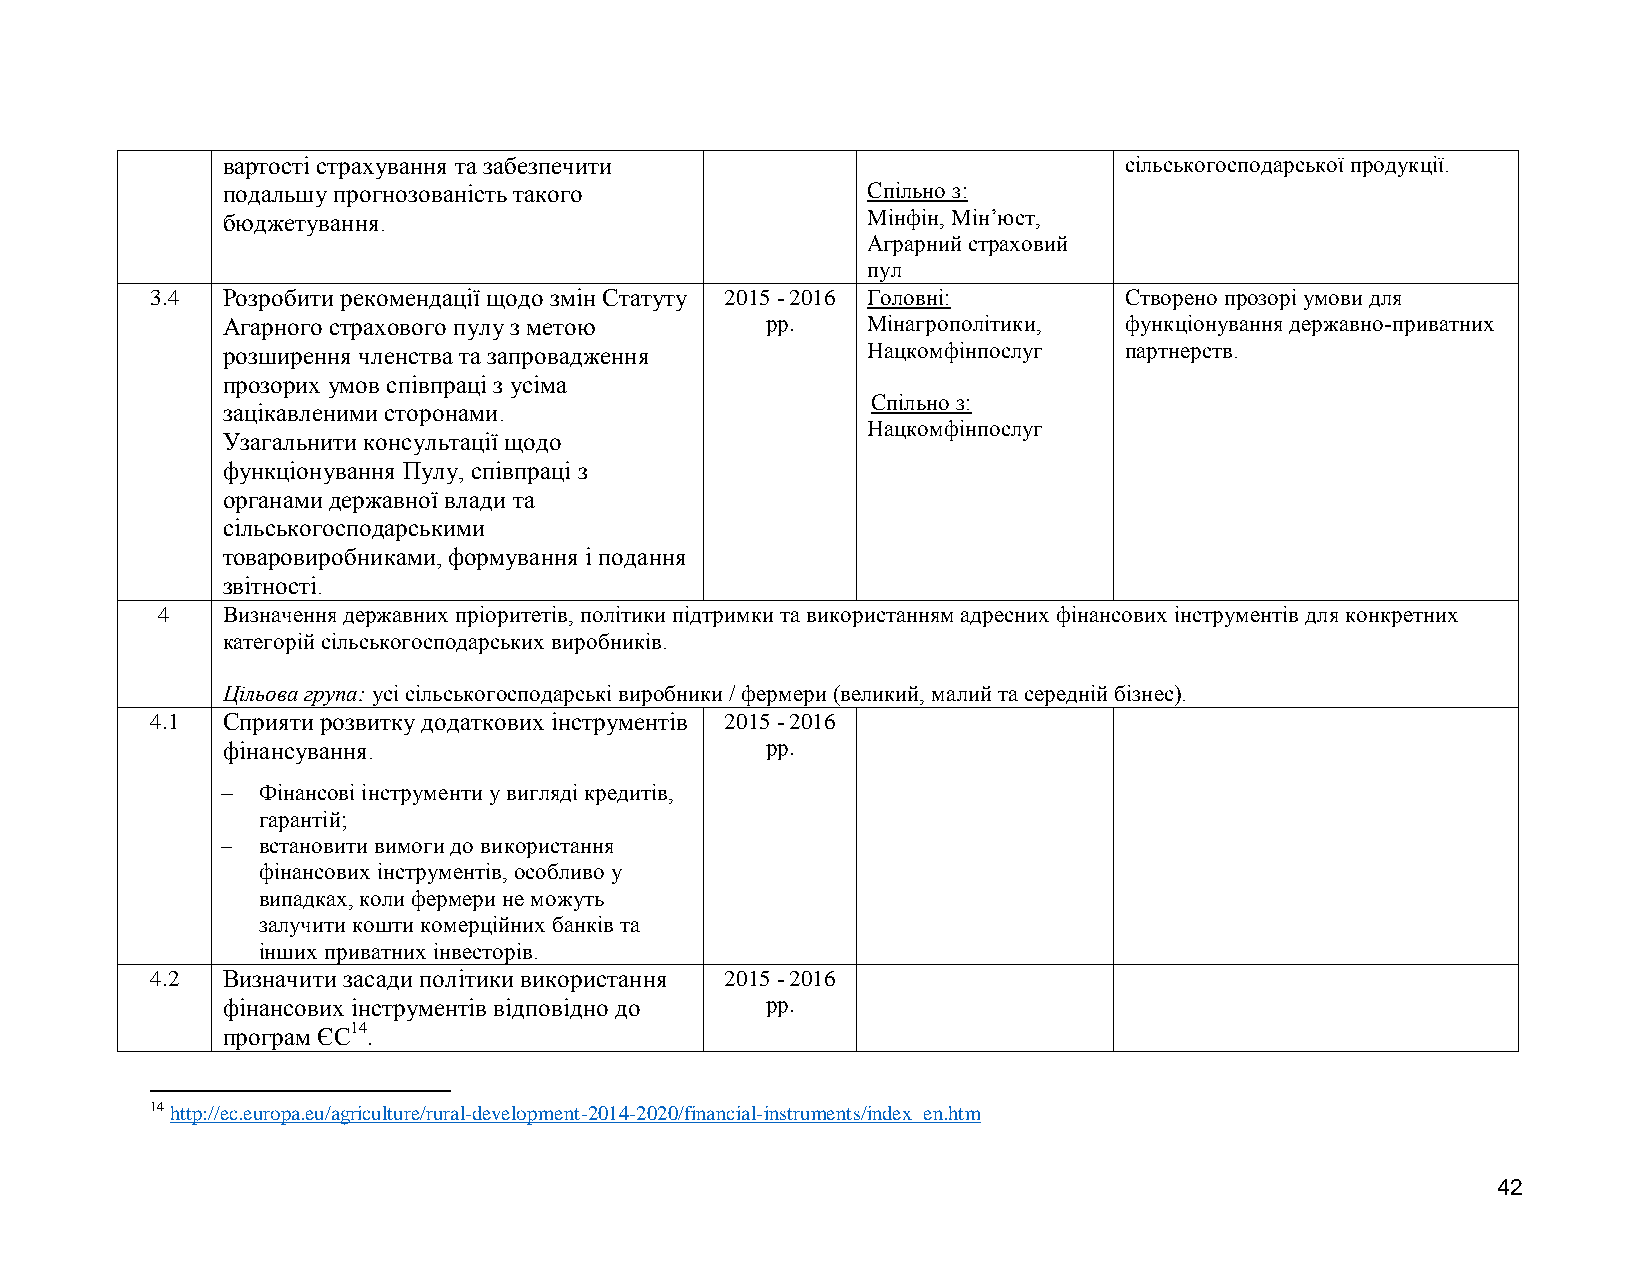
вартості страхування та забезпечити                        сільськогосподарської продукції.
 подальшу прогнозованість такого           Спільно з:
 бюджетування.                             Мінфін, Мін’юст,
 Аграрний страховий
 пул
 3.4  Розробити рекомендації щодо змін Статуту 2015 - 2016 Головні: Створено прозорі умови для
 Агарного страхового пулу з метою    рр.   Мінагрополітики, функціонування державно-приватних
 розширення членства та запровадження      Нацкомфінпослуг  партнерств.
 прозорих умов співпраці з усіма
 Спільно з:
 зацікавленими сторонами.
 Нацкомфінпослуг
 Узагальнити консультації щодо
 функціонування Пулу, співпраці з
 органами державної влади та
 сільськогосподарськими
 товаровиробниками, формування і подання
 звітності.
 4    Визначення державних пріоритетів, політики підтримки та використанням адресних фінансових інструментів для конкретних
 категорій сільськогосподарських виробників.
 Цільова група: усі сільськогосподарські виробники / фермери (великий, малий та середній бізнес).
 4.1  Сприяти розвитку додаткових інструментів 2015 - 2016
 фінансування.                       рр.
  Фінансові інструменти у вигляді кредитів,
 гарантій;
  встановити вимоги до використання
 фінансових інструментів, особливо у
 випадках, коли фермери не можуть
 залучити кошти комерційних банків та
 інших приватних інвесторів.
 4.2  Визначити засади політики використання 2015 - 2016
 фінансових інструментів відповідно до рр.
 програм ЄС14.
 14 http://ec.europa.eu/agriculture/rural-development-2014-2020/financial-instruments/index_en.htm
 42